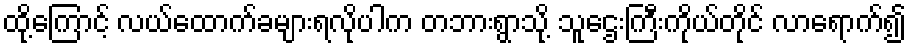
ထို့ကြောင့် လယ်ထောက်ခများရလိုပါက တဘားရွာသို့ သူဌေးကြီးကိုယ်တိုင် လာရောက်၍